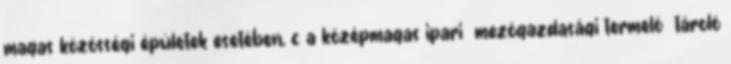
magas közösségi épületek esetében, c a középmagas ipari mezõgazdasági termelõ tároló